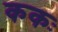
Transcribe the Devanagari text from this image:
ककः